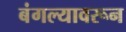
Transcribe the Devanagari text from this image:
बंगल्यावरून